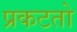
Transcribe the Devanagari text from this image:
प्रकटतो